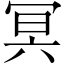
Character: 冥